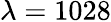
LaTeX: \lambda=1028